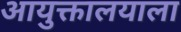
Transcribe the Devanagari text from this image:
आयुक्तालयाला